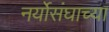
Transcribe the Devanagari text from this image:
नर्योसंघाच्या